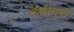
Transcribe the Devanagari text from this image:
देवीदुर्गा